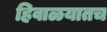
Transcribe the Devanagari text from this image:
हिवाळयातच